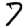
Digit: 7